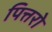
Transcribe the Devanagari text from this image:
पित्तरो